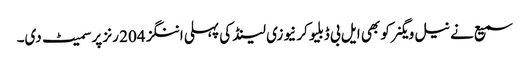
سمیع نے نیل ویگنر کو بھی ایل بی ڈبلیو کر نیوزی لینڈ کی پہلی اننگز 204 رنز پر سمیٹ دی۔